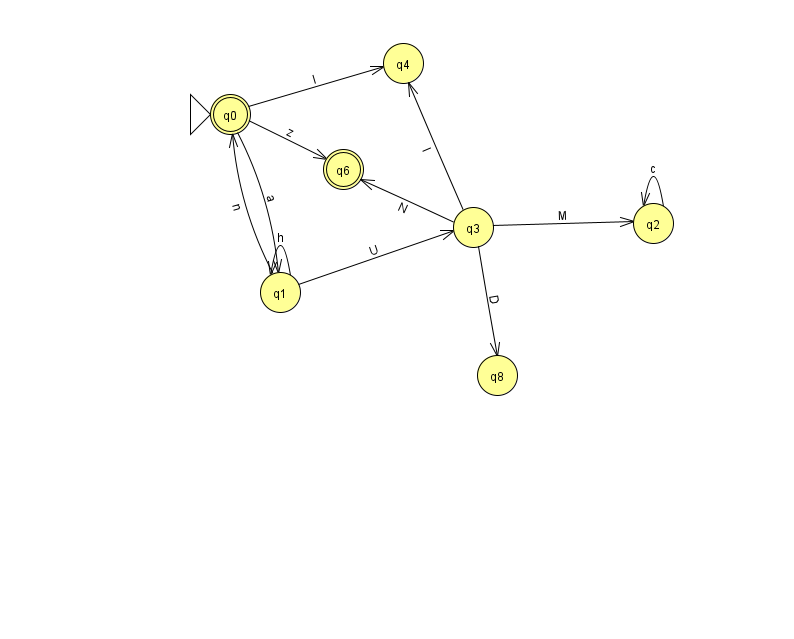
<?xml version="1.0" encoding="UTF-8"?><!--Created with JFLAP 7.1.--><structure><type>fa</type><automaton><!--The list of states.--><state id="0" name="q0"><x>230.0</x><y>101.0</y><initial/><final/></state><state id="1" name="q1"><x>280.0</x><y>279.0</y></state><state id="2" name="q2"><x>653.0</x><y>210.0</y></state><state id="3" name="q3"><x>473.0</x><y>214.0</y></state><state id="4" name="q4"><x>403.0</x><y>50.0</y></state><state id="6" name="q6"><x>343.0</x><y>156.0</y><final/></state><state id="8" name="q8"><x>497.0</x><y>362.0</y></state><!--The list of transitions.--><transition><from>1</from><to>3</to><read>U</read></transition><transition><from>2</from><to>2</to><read>c</read></transition><transition><from>3</from><to>2</to><read>M</read></transition><transition><from>0</from><to>1</to><read>a</read></transition><transition><from>0</from><to>4</to><read>l</read></transition><transition><from>1</from><to>1</to><read>h</read></transition><transition><from>3</from><to>4</to><read>l</read></transition><transition><from>1</from><to>0</to><read>n</read></transition><transition><from>3</from><to>6</to><read>N</read></transition><transition><from>3</from><to>8</to><read>D</read></transition><transition><from>0</from><to>6</to><read>z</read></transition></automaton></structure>